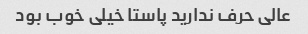
عالی حرف ندارید پاستا خیلی خوب بود